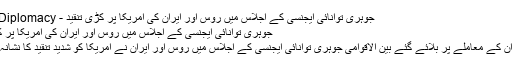
جوہری توانائی ایجنسی کے اجلاس میں روس اور ایران کی امریکا پر کڑی تنقید - News Diplomacy
جوہری توانائی ایجنسی کے اجلاس میں روس اور ایران کی امریکا پر کڑی تنقید
ویانا: ایران کے معاملے پر بلائے گئے بین الاقوامی جوہری توانائی ایجنسی کے اجلاس میں روس اور ایران نے امریکا کو شدید تنقید کا نشانہ بنایا ہے۔